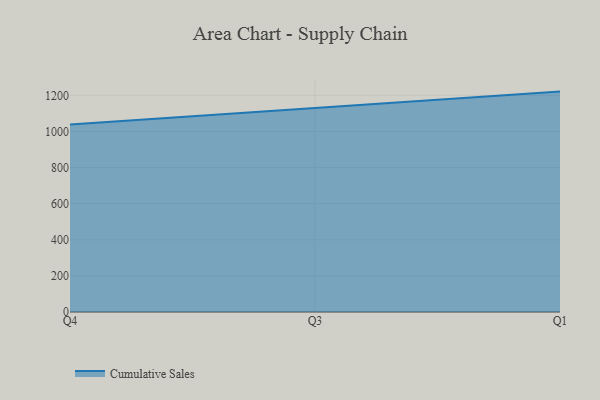
{"axis": {"x": "Quarter", "y": "Satisfaction Score"}, "legend": ["Cumulative Sales"], "data": [{"x": "Q4", "y": 1038.5, "type": "Cumulative Sales"}, {"x": "Q3", "y": 1129.7, "type": "Cumulative Sales"}, {"x": "Q1", "y": 1220.8, "type": "Cumulative Sales"}]}